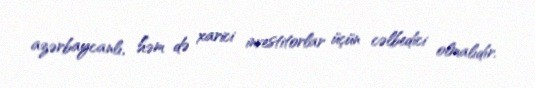
azərbaycanlı, həm də xarici investitorlar üçün cəlbedici olmalıdır.